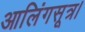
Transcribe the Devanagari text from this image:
आलिंगसूत्र।